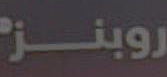
روبنز